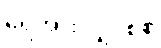
ရေအားလျှပ်စစ်